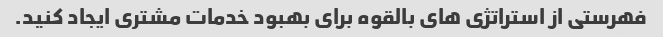
فهرستی از استراتژی های بالقوه برای بهبود خدمات مشتری ایجاد کنید.